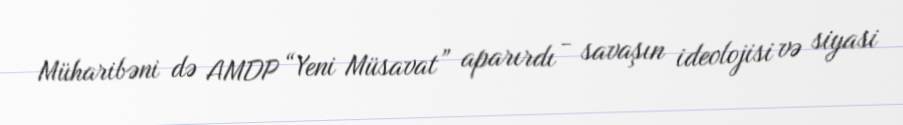
Müharibəni də AMDP “Yeni Müsavat” aparırdı - savaşın ideolojisi və siyasi